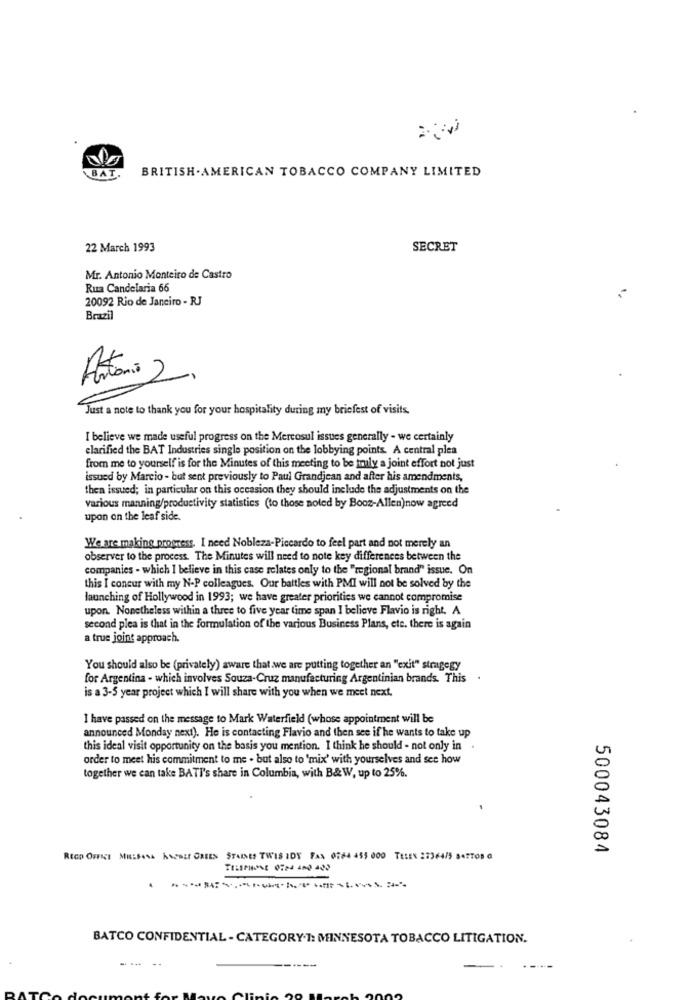
BAT.
BRITISH.AMERICAN TOBACCO COMPANY LIMITED
22 March 1993
SECRET
Mr. Antonio Monteiro de Castro
Rua Candelaria 66
20092 Rio de Janeiro - RJ
Brazil
Just a note to thank you for your hospitality during my briefest of visits.
I believe we made useful progress on the Mercosul issues generally - we certainly
clarified the BAT Industries single position on the lobbying points. A central plea
from me to yourself is for the Minutes of this meeting to be Imily a joint effort not just
issued by Marcio - but sent previously to Paul Grandjean and after his amendments,
then issued; in particular on this occasion they should include the adjustments on the
various manning/productivity statistics (to those noted by Booz-Allen)now agreed
upon on the leaf side.
We are making progress. I need Nobleza-Piccardo to feel part and not merely an
observer to the process. The Minutes will need to note key differences between the
companies - which I believe in this case relates only to the "regional brand" issue. On
this I concur with my N-P colleagues. Our battles with PMI will not be solved by the
launching of Hollywood in 1993; we have greater priorities we cannot compromise
upon. Nonetheless within a three to five year time span I believe Flavio is right. A
second plea is that in the formulation of the various Business Plans, etc. there is again
a true joint approach.
You should also be (privately) aware that we are putting together an "exit" stragegy
for Argentina - which involves Souza-Cruz manufacturing Argentinian brands. This
is a 3-5 year project which I will share with you when we meet next.
I have passed on the message to Mark Waterfield (whose appointment will be
announced Monday next). He is contacting Flavio and then see if he wants to take up
this ideal visit opportunity on the basis you mention. I think he should - not only in .
order to meet his commitment to me . but also to 'mix' with yourselves and see how
together we can take BATI's share in Columbia, with B&W, up to 25%.
500043084
REGO OFFICE MIR:SINA ASERET GREEN STARNES TWIS IDY FAX 07#4 455 000 TELEX 27364/5 BATTOR G
BATCO CONFIDENTIAL - CATEGORY.1: MINNESOTA TOBACCO LITIGATION.
..